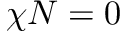
\chi N = 0